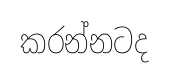
කරන්නටද